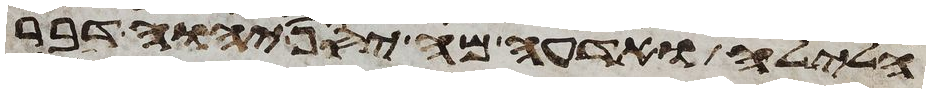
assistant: הלילה ואדעה מה יסף יהוה דבר